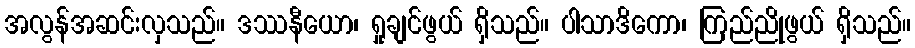
အလွန်အဆင်းလှသည်။ ဒဿနီယော၊ ရှုချင်ဖွယ် ရှိသည်။ ပါသာဒိကော၊ ကြည်ညိုဖွယ် ရှိသည်။